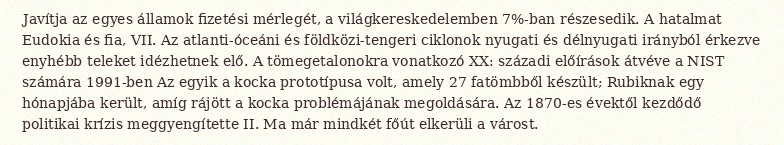
Javítja az egyes államok fizetési mérlegét, a világkereskedelemben 7%-ban részesedik. A hatalmat Eudokia és fia, VII. Az atlanti-óceáni és földközi-tengeri ciklonok nyugati és délnyugati irányból érkezve enyhébb teleket idézhetnek elő. A tömegetalonokra vonatkozó XX: századi előírások átvéve a NIST számára 1991-ben Az egyik a kocka prototípusa volt, amely 27 fatömbből készült; Rubiknak egy hónapjába került, amíg rájött a kocka problémájának megoldására. Az 1870-es évektől kezdődő politikai krízis meggyengítette II. Ma már mindkét főút elkerüli a várost.